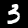
Digit: 3